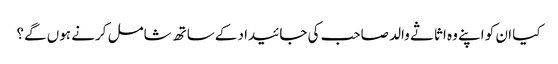
کیا ان کو اپنے وہ اثاثے والد صاحب کی جائیداد کےساتھ شامل کرنے ہوں گے؟